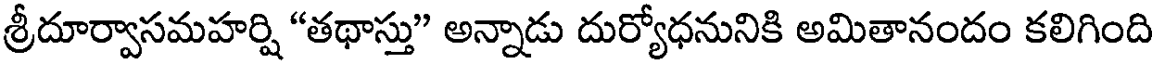
శ్రీదూర్వాసమహర్షి "తథాస్తు" అన్నాడు దుర్యోధనునికి అమితానందం కలిగింది